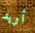
أريد